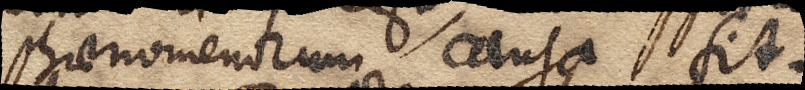
phaenomenorum causa sit.